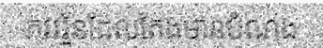
ភវវរ្ម័នដែលតែងមានបំណង